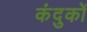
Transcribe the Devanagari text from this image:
कंदुकों